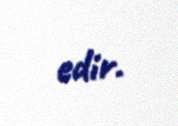
edir.